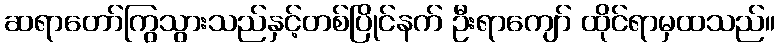
ဆရာတော်ကြွသွားသည်နှင့်တစ်ပြိုင်နက် ဦးရာကျော် ထိုင်ရာမှထသည်။